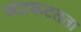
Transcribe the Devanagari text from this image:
अप्रकटतता